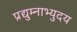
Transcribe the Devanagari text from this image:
प्रद्युम्नाभ्युदय